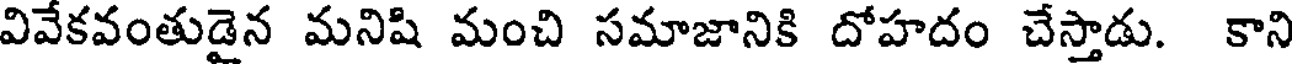
వివేకవంతుడైన మనిషి మంచి సమాజానికి దోహదం చేస్తాడు. కాని